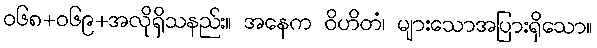
ဝ၆၈+၀၆၉+အလိုရှိသနည်း။ အနေက ဝိဟိတံ၊ များသောအပြားရှိသော။